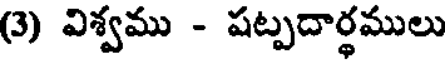
(3) విశ్వము - షట్పదార్థములు